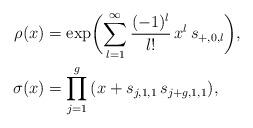
LaTeX: \begin{align*} \rho (x) & = \exp \biggl( \sum_{l=1}^\infty \frac{(-1)^l}{l!} \, x^l \, s_{{+},0,l} \biggr), \\ \sigma (x) & = \prod_{j=1}^g {} (x + s_{j,1,1} \, s_{j+g,1,1}),\end{align*}